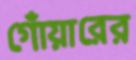
গোঁয়ারের